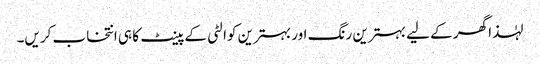
لہٰذا گھر کے لیے بہترین رنگ اور بہترین کوالٹی کے پینٹ کا ہی انتخاب کریں۔